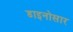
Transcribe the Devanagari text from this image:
डाइनोसार